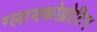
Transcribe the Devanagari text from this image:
ग्लायकोप्रोटिन